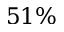
5 1 \%